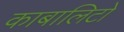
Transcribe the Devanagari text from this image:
काबालिटो